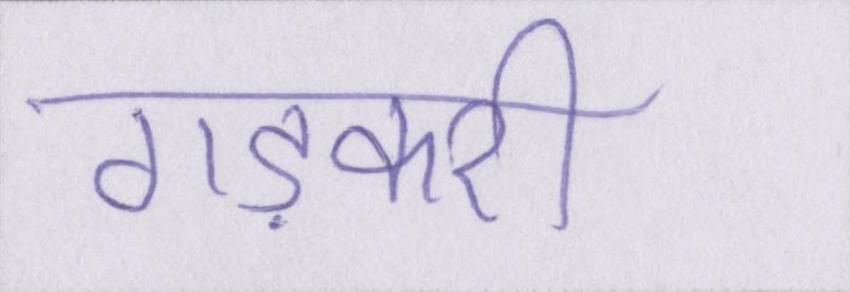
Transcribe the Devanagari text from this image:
गड़करी